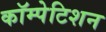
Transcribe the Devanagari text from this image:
कॉम्पेटिशन